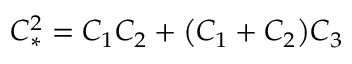
C _ { * } ^ { 2 } = { C _ { 1 } C _ { 2 } + { \left( C _ { 1 } + C _ { 2 } \right) } C _ { 3 } }